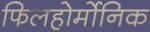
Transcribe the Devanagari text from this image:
फिलहोर्मोनिक